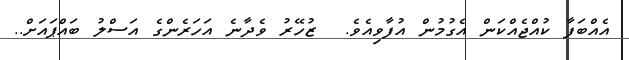
އެއްބަފާ ކުއްޖެއްކަން އެގުމުން އުފާވިއެވެ.  ޒުހޭރު ވެދާނެ އަހަރެންގެ އަސްލު ބައްޕައަށް..